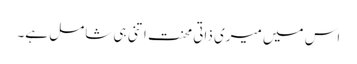
اس میں میری ذاتی محنت اتنی ہی شامل ہے۔